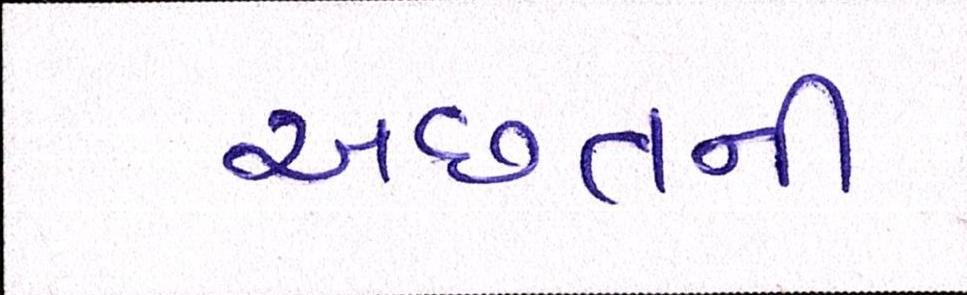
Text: અછતની